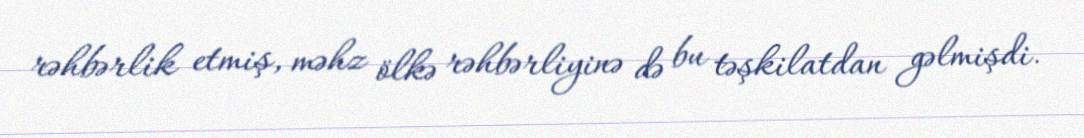
rəhbərlik etmiş, məhz ölkə rəhbərliyinə də bu təşkilatdan gəlmişdi.